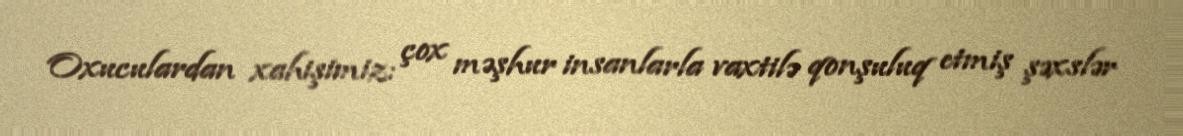
Oxuculardan xahişimiz: çox məşhur insanlarla vaxtilə qonşuluq etmiş şəxslər